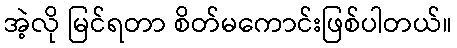
အဲ့လို မြင်ရတာ စိတ်မကောင်းဖြစ်ပါတယ်။